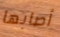
أصابها